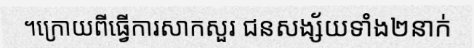
។ក្រោយពីធ្វើការសាកសួរ ជនសង្ស័យទាំង២នាក់